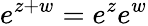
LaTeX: e^{z+w}=e^{z}e^{w}